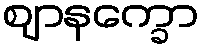
ဈာနက္ခော